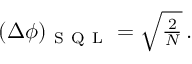
\begin{array} { r } { ( \Delta \phi ) _ { \mathrm { ~ S ~ Q ~ L ~ } } = \sqrt { \frac { 2 } { N } } \, . } \end{array}